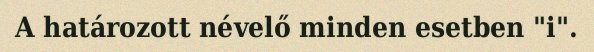
A határozott névelő minden esetben "i".